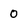
Character: 0